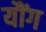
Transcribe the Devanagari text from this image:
यौंग